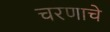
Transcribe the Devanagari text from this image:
चरणाचे